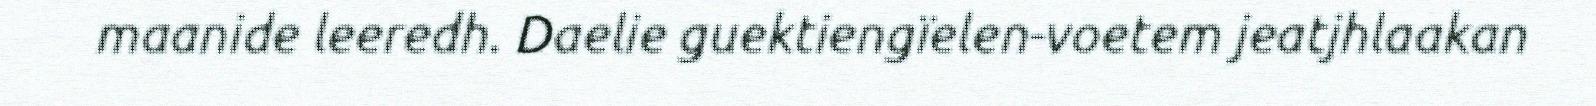
maanide leeredh. Daelie guektiengïelen-voetem jeatjhlaakan